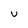
Character: u